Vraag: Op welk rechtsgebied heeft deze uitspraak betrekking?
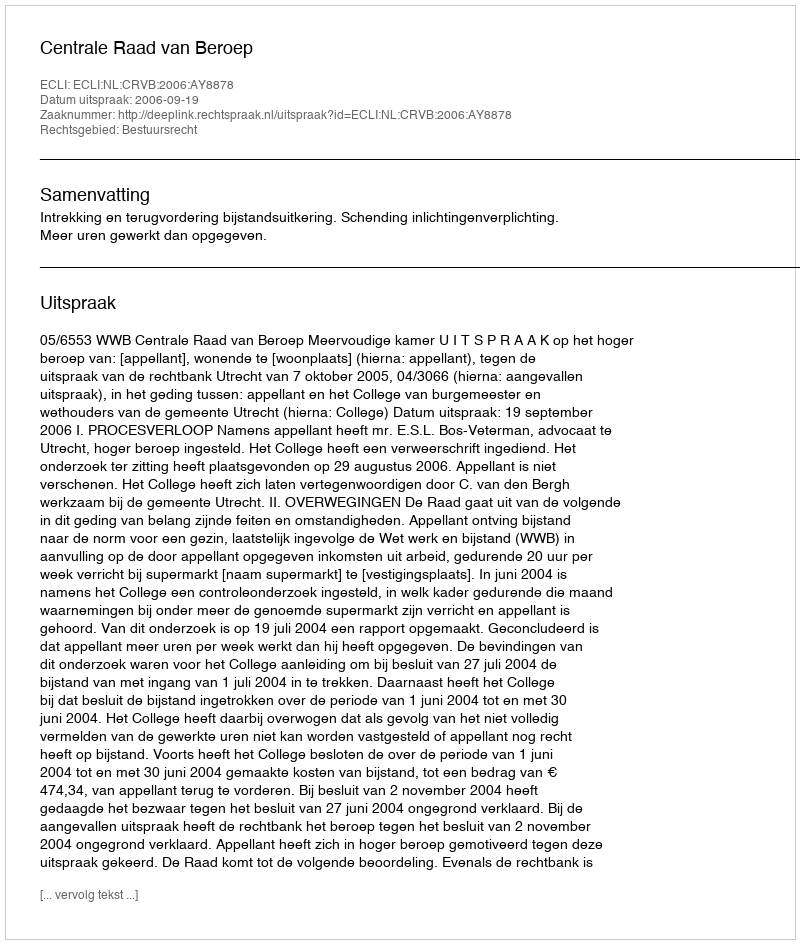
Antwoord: Bestuursrecht